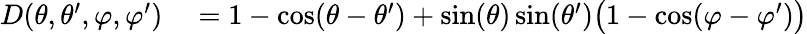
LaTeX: \begin{array}{rl}{D(\theta,\theta^{\prime},\varphi,\varphi^{\prime})}&{{}=1-\cos(\theta-\theta^{\prime})+\sin(\theta)\sin(\theta^{\prime})\big(1-\cos(\varphi-\varphi^{\prime})\big)}\end{array}